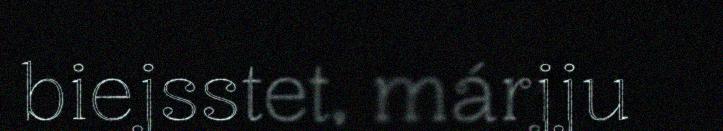
biejsstet, márjju